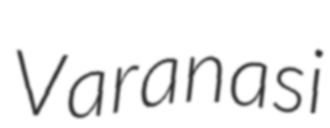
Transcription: Varanasi